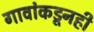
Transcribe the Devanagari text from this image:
गावांकडूनही